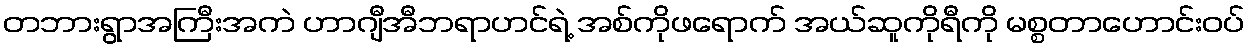
တဘားရွာအကြီးအကဲ ဟာဂျီအီဘရာဟင်ရဲ့ အစ်ကိုဖရောက် အယ်ဆူကိုရီကို မစ္စတာဟောင်းဝပ်